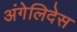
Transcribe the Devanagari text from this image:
अंगेलिदेस